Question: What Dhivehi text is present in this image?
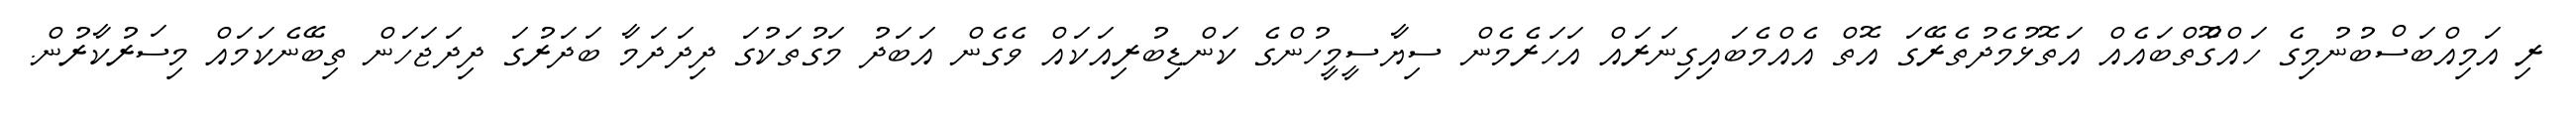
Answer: ރި އަމިއްބަސްބުނުމިގެ ހައްގުޮތްބައެއް އަތޮޅުމެދުތެރޭގަ އޮތް އެއްމެބައިގިނަރައް އަހަރެމެން ސިޔާސީމީހުންގެ ކަންޑިބުރިއަކައް ވެގެން އަބަދު މަގުތަކުގަ ދިދަދަމާ ބަދަރުގަ ދިދަޖަހަން ތިބޭނެކަމައް މިސަރުކާރުން.